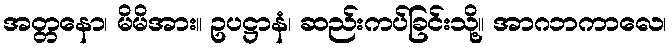
အတ္တနော၊ မိမိအား။ ဥပဋ္ဌာနံ၊ ဆည်းကပ်ခြင်းသို့။ အာဂဘကာလေ၊